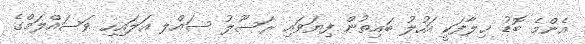
އެންމެ ބޮޑު ޚިލާފަކީ އަހުލު ބައިތުން ފިޔަވައި ރަސޫލު ސައްލ އަލައިހި ވަސައްލަމްގެ